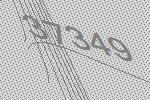
37349